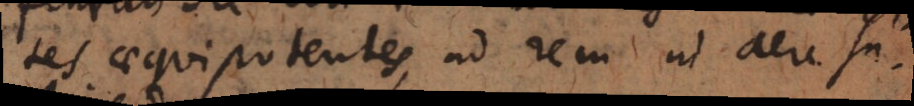
tes aequipotentes, ad rem in aere su-